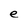
Character: e